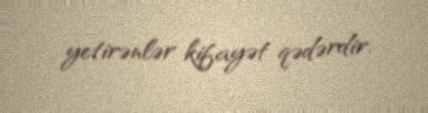
yetirənlər kifayət qədərdir.